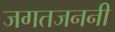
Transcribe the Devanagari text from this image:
जगतजननी